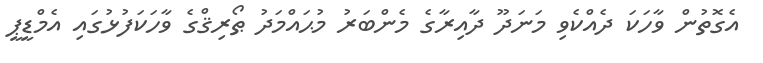
އެގޮތުން ވާހަކަ ދެއްކެވި މަނަދޫ ދާއިރާގެ މެންބަރު މުޙައްމަދު ޠޯރިޤްގެ ވާހަކަފުޅުގައި އެމްޑީޕީ